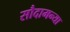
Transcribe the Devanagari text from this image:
सौदामन्या